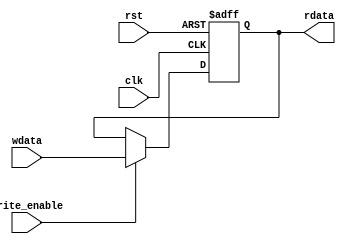
module REG_N ( clk, rst, wdata, write_enable, rdata );
parameter reg_size = 32;
input clk, rst, write_enable;
input [reg_size - 1:0] wdata;
output reg [reg_size - 1:0] rdata;

always@( posedge clk, negedge rst )

     if( !rst )
          rdata <= 0;
     else if( write_enable )
          rdata <= wdata;

endmodule